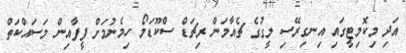
އަދި މިކޮމިޓީގައި އިނގިރޭސި ލީގުގެ ޗެއާމަން ރިޗަޑް ސްކޫޑަމޯ ހިމެނުމަށް ފީފާއިން މަސައްކަތް